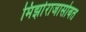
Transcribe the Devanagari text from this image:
मिर्झाराजासोबत